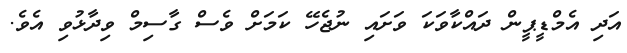
އަދި އެމްޑީޕީން ދައްކާވަކަ ވަށައި ނުޖެހޭ ކަމަށް ވެސް ގާސިމް ވިދާޅުވި އެވެ.